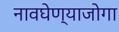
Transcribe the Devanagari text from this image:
नावघेण्याजोगा